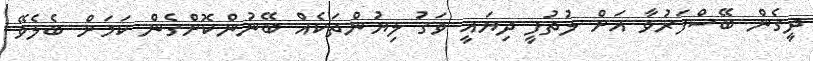
ދީގެން ބޭސްފަރުވާ އަށް ލުތުފީ ދިޔައީ ވަގު ލިޔުންތަކެއް ބޭނުންކޮށްގެން ކަމަށް ބެލެވޭ